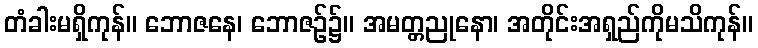
တံခါးမရှိကုန်။ ဘောဇနေ၊ ဘောဇဉ်၌။ အမတ္တညုနော၊ အတိုင်းအရှည်ကိုမသိကုန်။